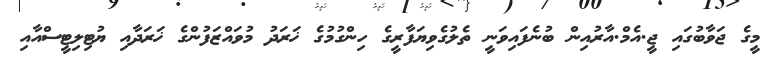
މީގެ ޖަވާބުގައި ޖީ.އެމް.އާރުއިން ބުނެފައިވަނީ ތެލުގެވިޔަފާރީގެ ހިންގުމުގެ ޚަރަދު މުވައްޒަފުންގެ ޚަރަދާއި ޔުޓިލިޓީސްއާއި